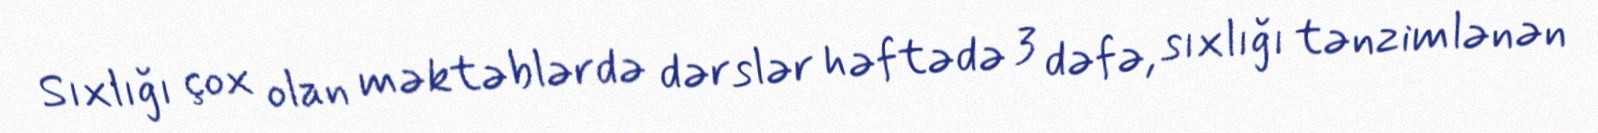
Sıxlığı çox olan məktəblərdə dərslər həftədə 3 dəfə, sıxlığı tənzimlənən